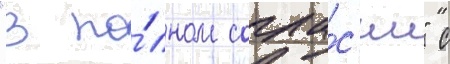
"в по́лном согла́с'ии" с